Leprosy in India: report of the Leprosy Commission in India, 1890-91
Year: 1890
Disease focus: Leprosy
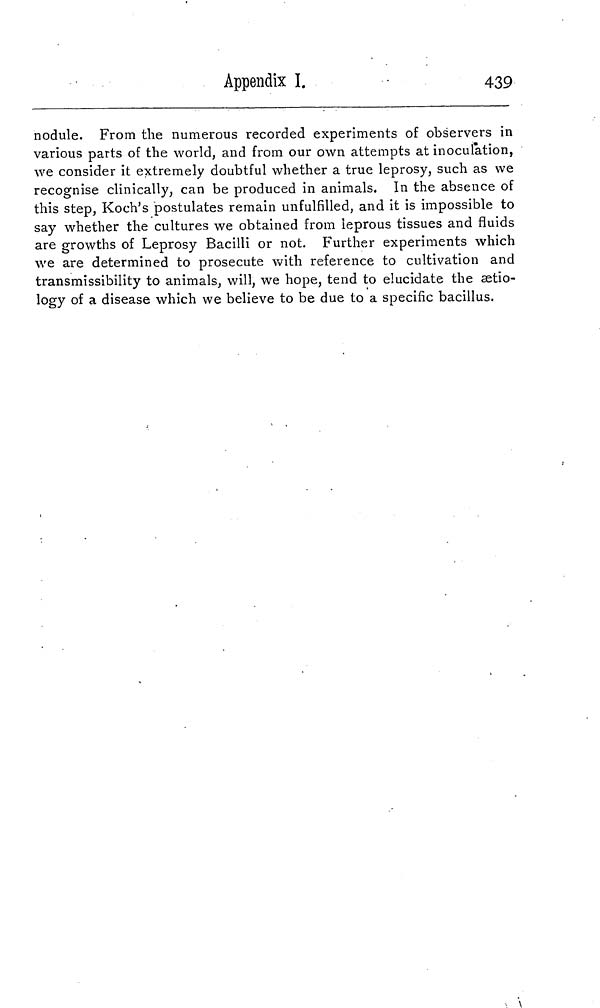
Appendix I.
439
nodule. From the numerous recorded experiments of observers in
various parts of the world, and from our own attempts at inoculation,
we consider it extremely doubtful whether a true leprosy, such as we
recognise clinically, can be produced in animals. In the absence of
this step, Koch's postulates remain unfulfilled, and it is impossible to
say whether the cultures we obtained from leprous tissues and fluids
are growths of Leprosy Bacilli or not. Further experiments which
we are determined to prosecute with reference to cultivation and
transmissibility to animals, will, we hope, tend to elucidate the aetio-
logy of a disease which we believe to be due to a specific bacillus.